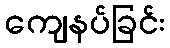
ကျေနပ်ခြင်း